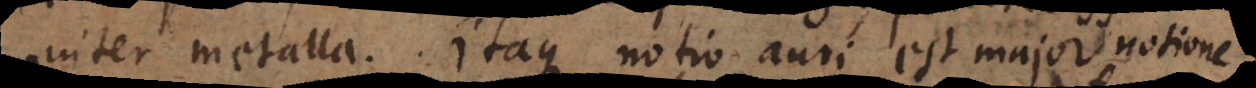
inter metalla. Itaque notio auri est major notione